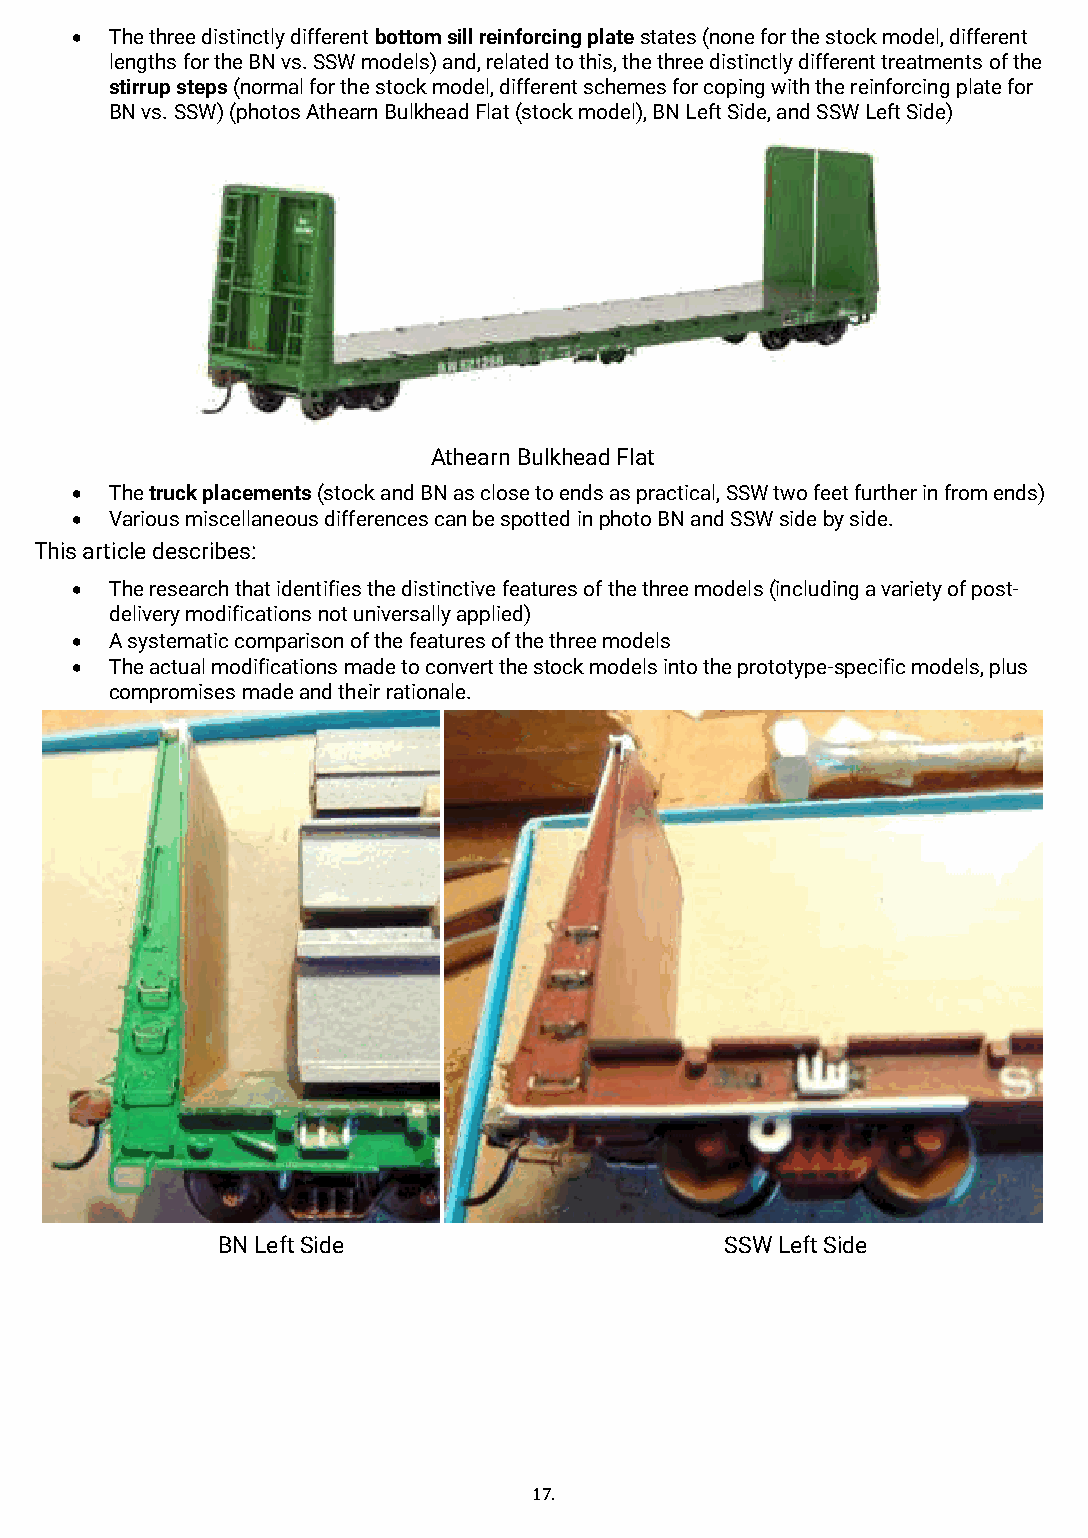
• The three distinctly different bottom sill reinforcing plate states (none for the stock model, different
 lengths for the BN vs. SSW models) and, related to this, the three distinctly different treatments of the
 stirrup steps (normal for the stock model, different schemes for coping with the reinforcing plate for
 BN vs. SSW) (photos Athearn Bulkhead Flat (stock model), BN Left Side, and SSW Left Side)
 Athearn Bulkhead Flat
 • The truck placements (stock and BN as close to ends as practical, SSW two feet further in from ends)
 • Various miscellaneous differences can be spotted in photo BN and SSW side by side.
 This article describes:
 • The research that identifies the distinctive features of the three models (including a variety of post-
 delivery modifications not universally applied)
 • A systematic comparison of the features of the three models
 • The actual modifications made to convert the stock models into the prototype-specific models, plus
 compromises made and their rationale.
 BN Left Side                      SSW Left Side
 17.